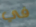
في